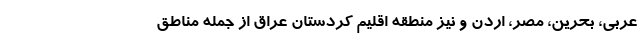
عربی، بحرین، مصر، اردن و نیز منطقه اقلیم کردستان عراق از جمله مناطق